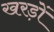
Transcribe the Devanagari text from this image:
खरड़ों